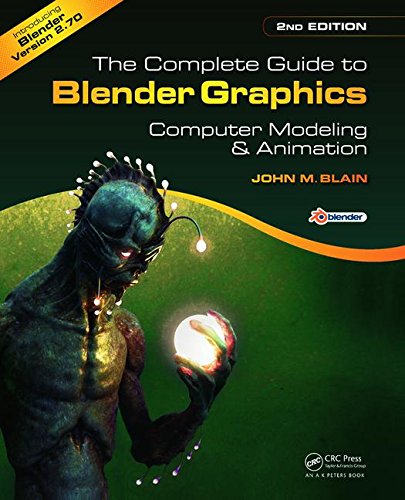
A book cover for The Complete Guide to Blender Graphics, Second Edition: Computer Modeling and Animation; John M. Blain; Computers & Technology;